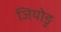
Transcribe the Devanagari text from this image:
जियोङु